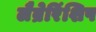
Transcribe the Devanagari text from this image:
लैब्रेरिंशिप